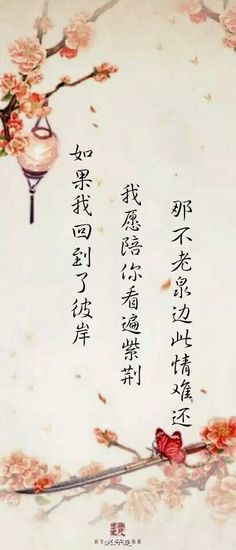
不枉东风吹客泪。相思难表，梦魂无据，惟有归来是。